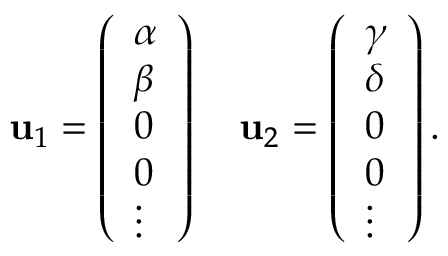
\mathbf { u } _ { 1 } = \left( \begin{array} { l } { \alpha } \\ { \beta } \\ { 0 } \\ { 0 } \\ { \vdots } \end{array} \right) \quad \mathbf { u } _ { 2 } = \left( \begin{array} { l } { \gamma } \\ { \delta } \\ { 0 } \\ { 0 } \\ { \vdots } \end{array} \right) .